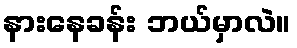
နားနေခန်း ဘယ်မှာလဲ။